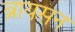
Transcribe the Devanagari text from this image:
ब्रायसन